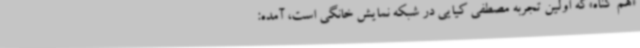
«هم گناه»که اولین تجربه مصطفی کیایی در شبکه نمایش خانگی است، آمده: